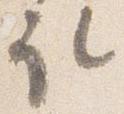
取